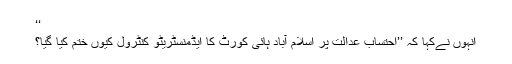
‘‘
انہوں نےکہا کہ ’’احتساب عدالت پر اسلام آباد ہائی کورٹ کا ایڈمنسٹریٹو کنٹرول کیوں ختم کیا گیا؟